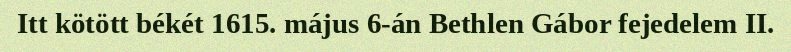
Itt kötött békét 1615. május 6-án Bethlen Gábor fejedelem II.